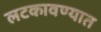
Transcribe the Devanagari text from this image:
लटकावण्यात